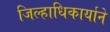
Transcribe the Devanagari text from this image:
जिल्हाधिकार्याने